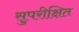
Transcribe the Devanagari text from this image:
सुपरीक्षित